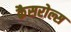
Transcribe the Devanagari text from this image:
कैसरोल्स